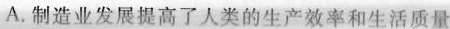
A. 制造业发展提高了人类的生产效率和生活质量